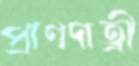
প্রাণদাত্রী